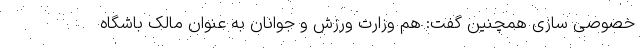
خصوصی سازی همچنین گفت: هم وزارت ورزش و جوانان به عنوان مالک باشگاه